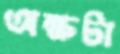
অক্ষটা